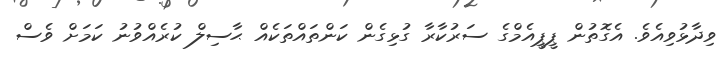
ވިދާޅުވިއެވެ. އެގޮތުން ޕީޕީއެމްގެ ސަރުކާރާ ގުޅިގެން ކަންތައްތަކެއް ޙާސިލް ކުރެއްވުނު ކަމަށް ވެސް